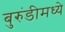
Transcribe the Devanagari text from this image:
बुरुंडीमध्ये